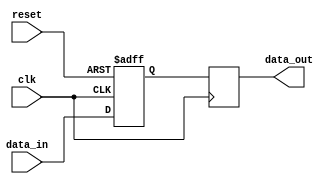
module latch_delay(
    input wire clk,
    input wire reset,
    input wire data_in,
    output reg data_out
);

reg delayed_data;

always @(posedge clk or posedge reset) begin
    if (reset) begin
        delayed_data <= 1'b0;
    end else begin
        delayed_data <= data_in;
    end
end

always @(posedge clk) begin
    data_out <= delayed_data;
end

endmodule